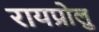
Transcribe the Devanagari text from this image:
रायप्रोलु